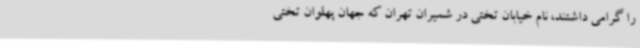
را گرامی داشتند، نام خیابان تختی در شمیران تهران که جهان پهلوان تختی